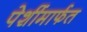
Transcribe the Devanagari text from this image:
पेशींमार्फत